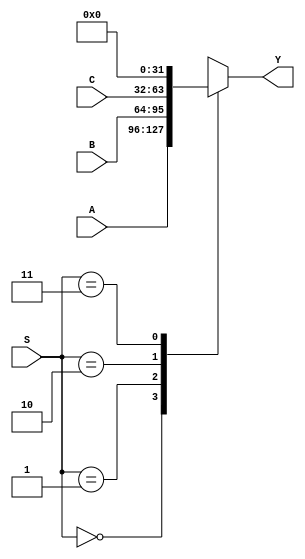
module MUX_32_2bit
(
    input [31:0] A,
    input [31:0] B,
    input [31:0] C,
    input [1:0] S,
    output reg [31:0] Y
);
    always @(*)
    begin
        case(S)
            2'b00: Y = A;
            2'b01: Y = B;
            2'b10: Y = C;
            2'b11: Y = 32'b0;
        endcase
    end
endmodule